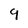
Character: 9